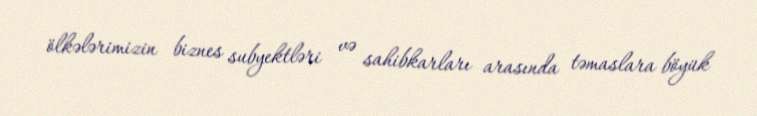
ölkələrimizin biznes subyektləri və sahibkarları arasında təmaslara böyük